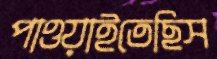
পাওয়াইতেছিস